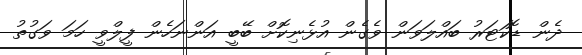
ދެން ޑޮކަޓަރު ބައްލަވަން ވެގެން އުޅެނިކޮށް ބޭބީ އަންނަހެން ފީލްވީ ހަމަ ވަގުތު